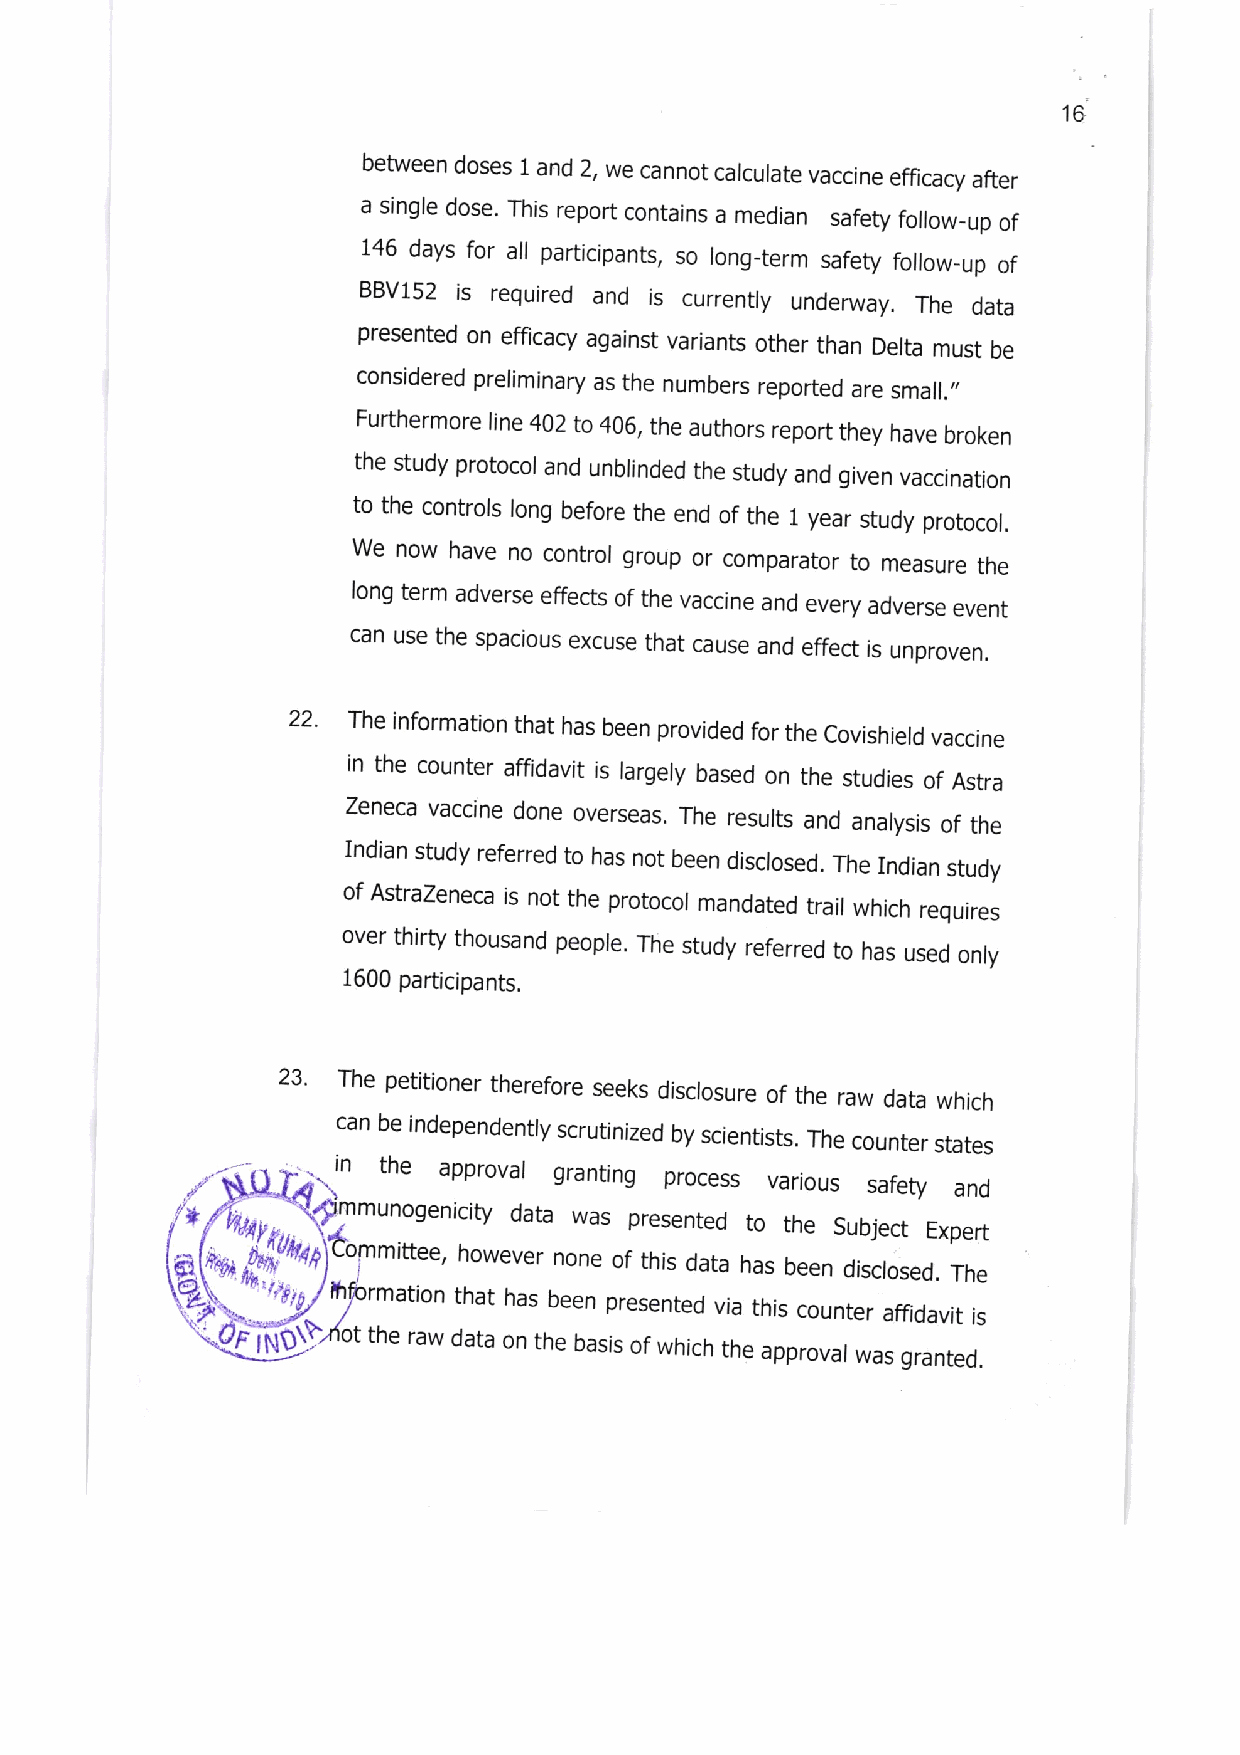
16
 between doses 1 and 2, we cannot calculate vaccine efficacy after
 a single dose. This report contains a median safety follow_up of
 146 days for all participants, so long_term safety follow-up of
 BBV152 is required and is currently underway. The
 data
 presented on efficacy against variants other than Delta must be
 considered preliminary as the numbers reported are small.,,
 Furthermore line 402 to 406, the authors report they have broken
 the study protocol and unblinded the study and given vaccination
 to the controls long before the end of the 1 year study protocol.
 We now have no control group or comparator to measure the
 long term adverse effects of the vaccine and every adverse event
 can use the spacious excuse that cause and effect is unproven.
 22. The information that has been provided for the Covishield vaccine
 in the counter affidavit is largely based on the studies of Astra
 Zeneca vaccine done overseas. The results and analysis of the
 Indian study referred to has not been disclosed. The Indian study
 of AstraZeneca is not the protocol mandated trail which requires
 over thirty thousand people. The study referred to has used only
 1600 participants.
 23 The petitioner therefore seeks disclosure of the raw data which
 ic nan b the eind ependently scrutinized by sclentists. The counter states
 approval granting process various ty
 safe  and
 /,.*       mmunogenicity data was presented to the Subject
 Expert
 P6       ommittee however none of this data has been disclosed. The
 fi
 rmation that has been presented via this counter affidavit
 \                                                   is
 F rt\  ot the raw data on the basis of which the approval was granted.